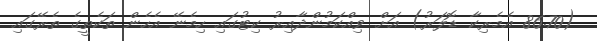
(86.70 އެމެރިކާ ޑޮލަރު) އަށް ވިއްކަމުންދާއިރު ކިޓުގައި ހިމެނޭ އެހެން ތަކެތީގެ ތެރޭގައި